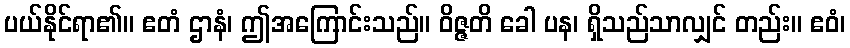
ပယ်နိုင်ရာ၏။ ဧတံ ဌာနံ၊ ဤအကြောင်းသည်။ ဝိဇ္ဇတိ ခေါ ပန၊ ရှိသည်သာလျှင် တည်း။ ဧဝံ၊